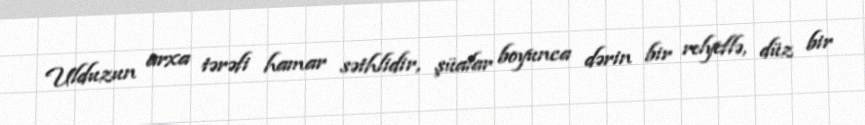
Ulduzun arxa tərəfi hamar səthlidir, şüalar boyunca dərin bir relyeflə, düz bir